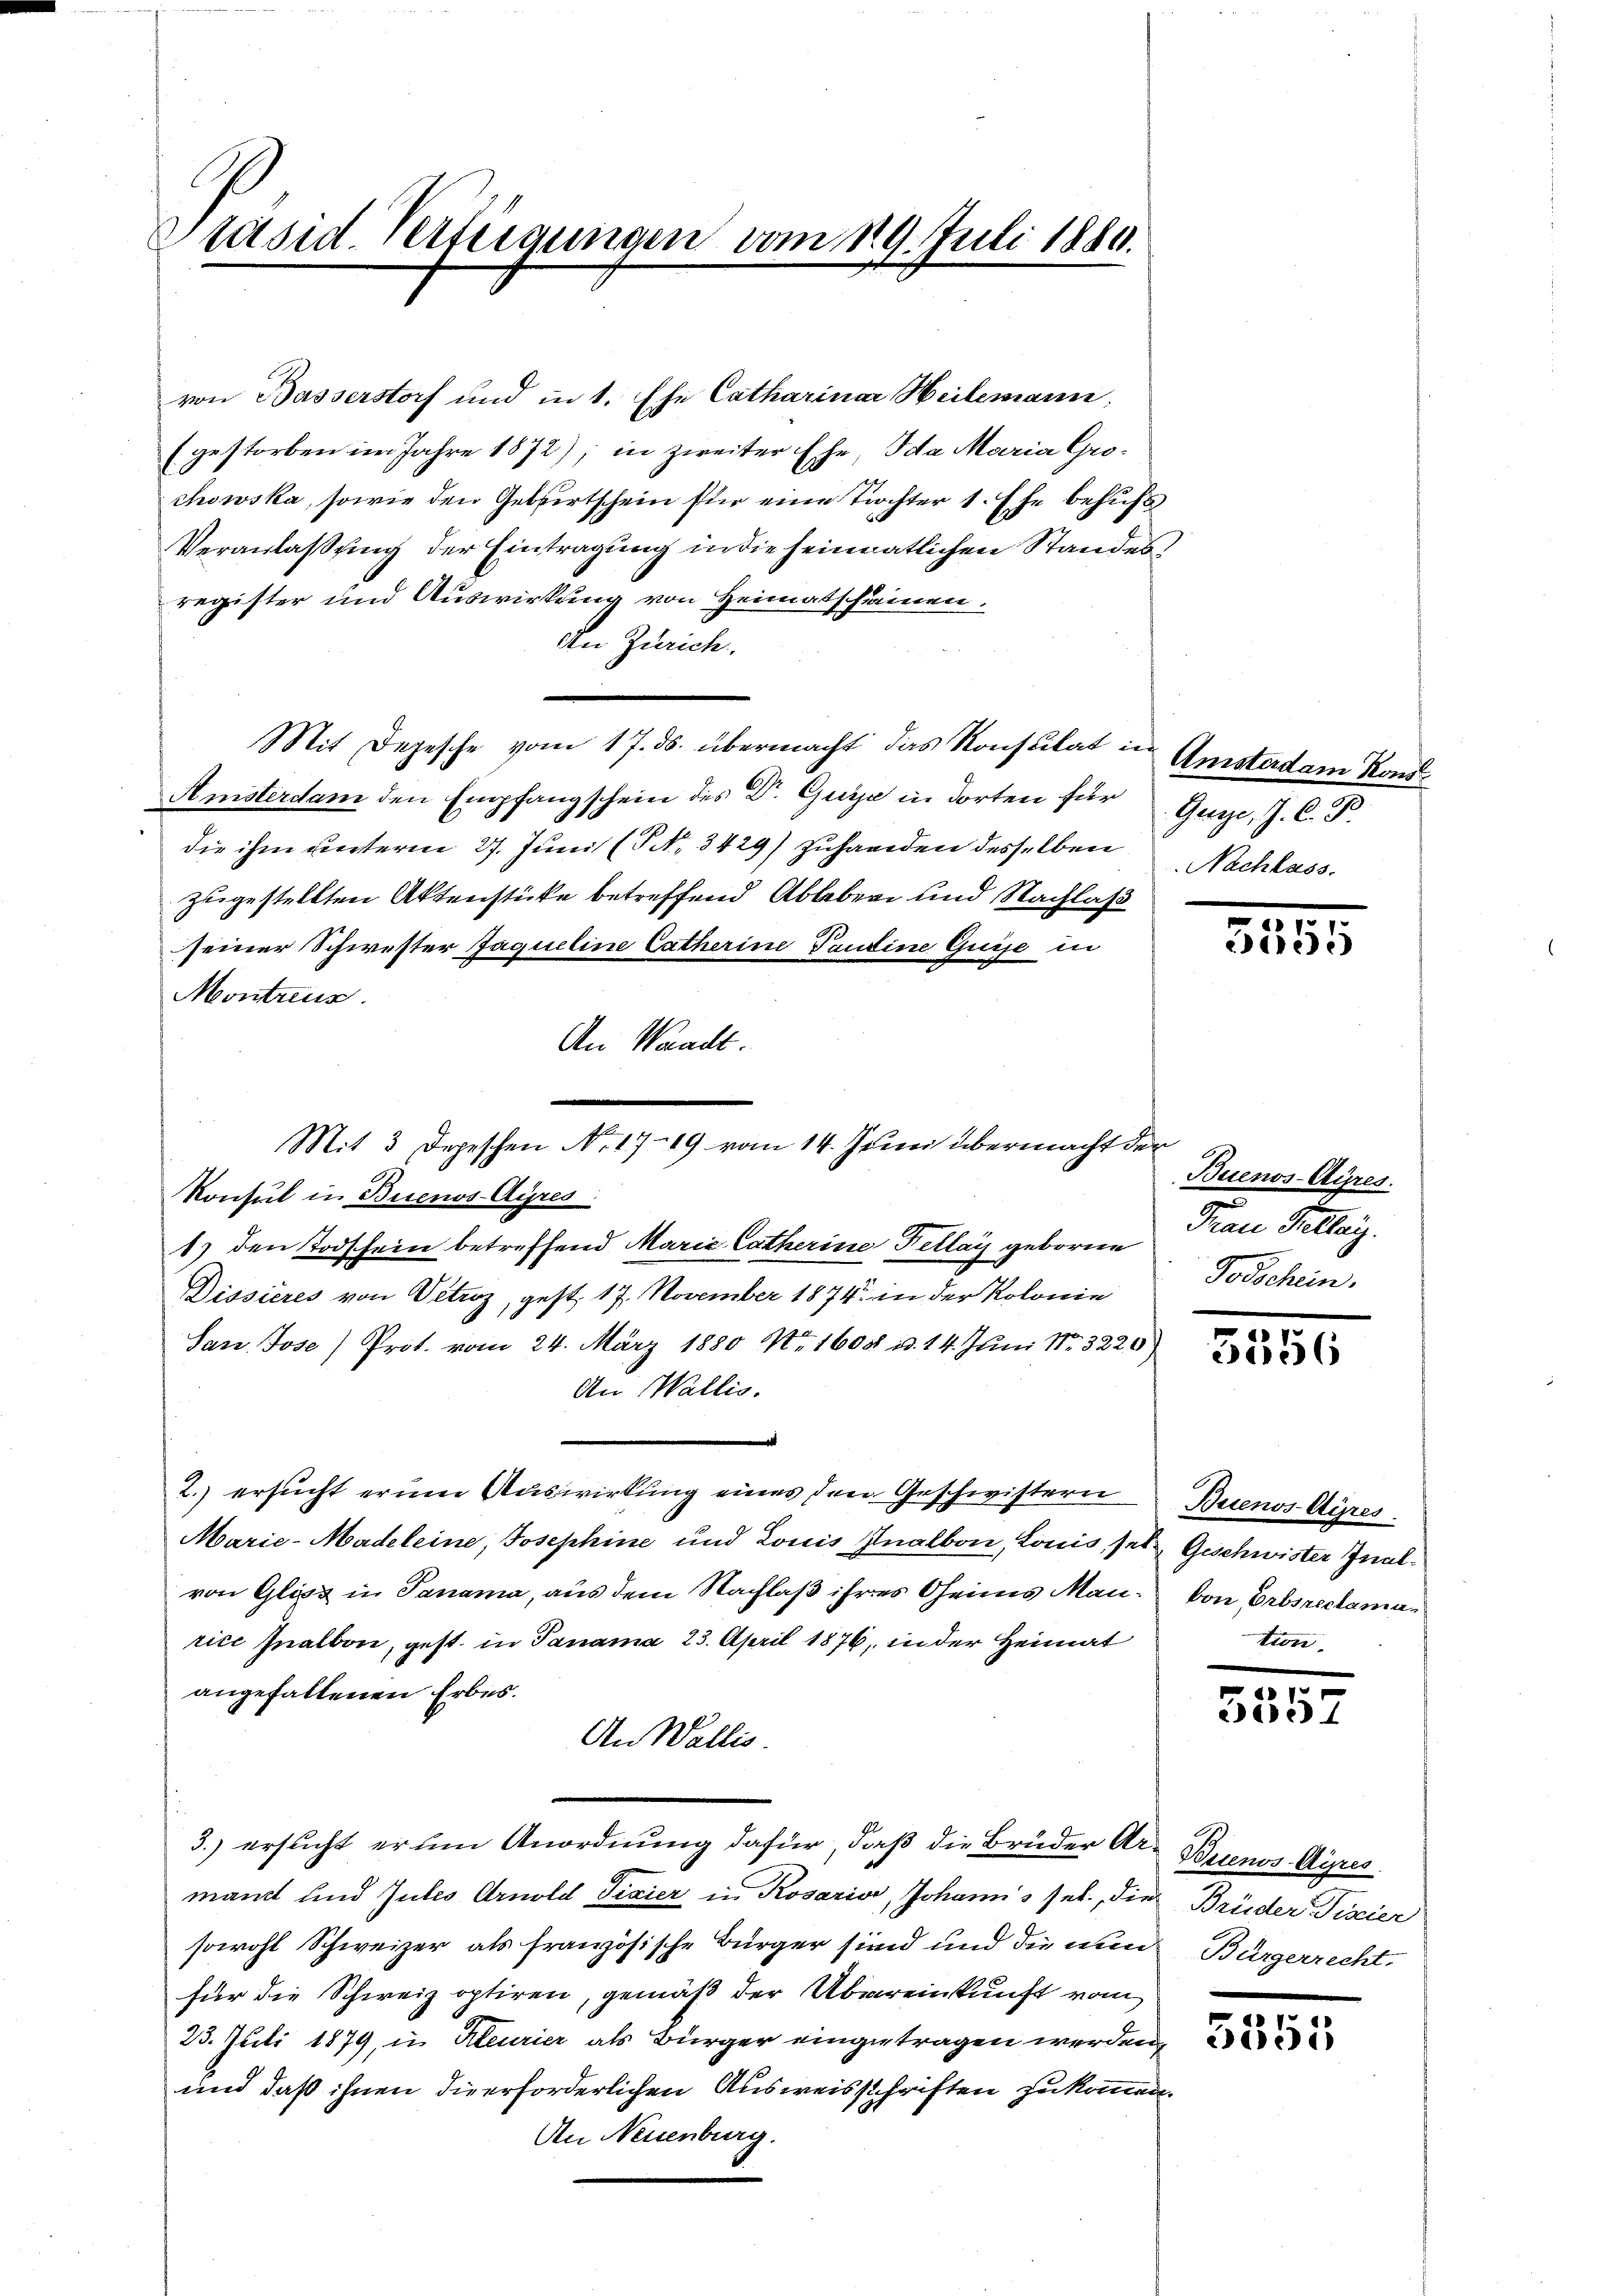
räsid. Verteigungen vom 19. Juli 1880.

von Basserstorf und in 1. Ehe Catharinar Heilemann,
gestorben im Jahre 1872); in zweiter Ehe, Ida Maria Gro¬
0
chowska, sowie den Gebertschein für eine Tochter 1. Ehe behufs
Veranlaßung der Eintragung in die heimatlichen Standesregister und Auswirkung von Heimatscheinen,
An Zürich.
Mit Depesche vom 17. ds. übermacht das Konstilat in Amstadam Kons
Amsterdam den Empfangschein des Dr. Guije in dorten für Guge, J. C. P.
die ihm unterm 27. Juni (Nr. 3429) zuhanden desselben Nachlass
zugestellten Aktenstücke betreffend Ableben und Nachlaß
seiner Schwester Jaqueline Catherine Paudine Guise in
Montreus
An Waadt.
Konsul in Buenos-Ayres
1) den Todschein betreffend Maria Catherine Fellar geborne
Dissieres von Vitroz, gest. 17. November 1874 in der Kolonie
San Jose) Prot. vom 24. März 1880 No. 1608 u. 14. Juni Nr. 3220)
An Wallis.
2. ersucht erum Auswirkung eines den Geschwistern Buenos-Ayres.
Marie-Madeleine, Josephine und Louis Analbon, Louis, ses Geschwister Inalvon Glicz in Panama, aus dem Nachlaß ihres Oheims Man von Erbsreclamarice Inalbon, gest. in Panama 23. April 1876, in der Heimat
angefallenen Erbes.
An Wallis.
3.) ersucht er um Anordnung dafür, daß die Brüder Ar- Buenos-Ayres
mant und Gutes Arnold Fixier in Rosario, Johanns sel., die Brüder Fiscier
sowohl Schweizer als französische Bürger sind und die nun Bürgerrecht,
für die Schweiz optiren, gemäß der Übereinkunft vom
25. Juli 1879, in Keurier als Bürger eingetragen werden,
und daß ihnen die erforderlichen Ausweisschriften zukommen.
An Neuenburg.

e
Mit 3 Depeschen No. 1719 vom 14. Juni übermacht der

5555

Buenos-Ayres.
Frau Stellen.
Todschein.

3556

tion.

01
Bere

5555